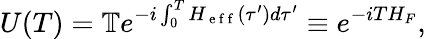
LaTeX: U(T)=\mathbb{T}e^{-i\int_{0}^{T}H_{\mathrm{~e~f~f~}}(\tau^{\prime})d\tau^{\prime}}\equiv e^{-iTH_{F}},